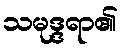
သမုဒ္ဒရာ၏